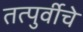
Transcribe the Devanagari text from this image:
तत्पुर्वीचे